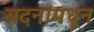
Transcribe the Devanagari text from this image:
सदनांमधून